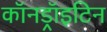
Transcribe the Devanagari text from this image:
कॉनड्रॉइटिन